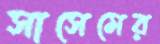
সাসেমের